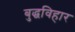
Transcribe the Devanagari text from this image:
बुद्धविहार